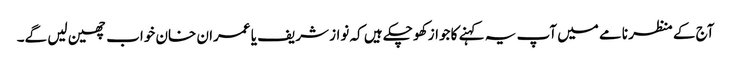
آج کے منظر نامے میں آپ یہ کہنے کا جواز کھو چکے ہیں کہ نواز شریف یا عمران خان خواب چھین لیں گے۔